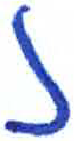
אות: נ